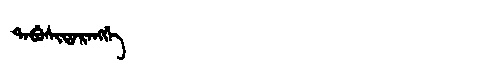
Manchu: ᡨᠠᠪᡠᠰᡳᡨᠠᡵᠠᠩᡤᡝ
Romanization: TABUSITARANGGE